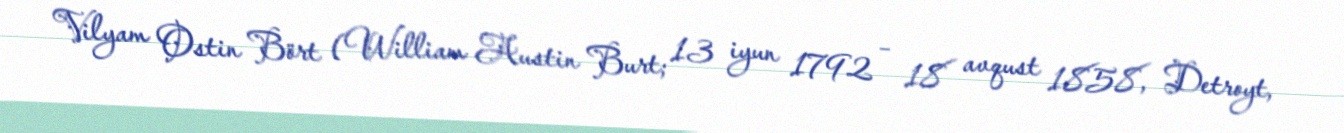
Vilyam Ostin Bört (William Austin Burt; 13 iyun 1792 – 18 avqust 1858, Detroyt,